Malaria in India - Number 2
Disease focus: Malaria
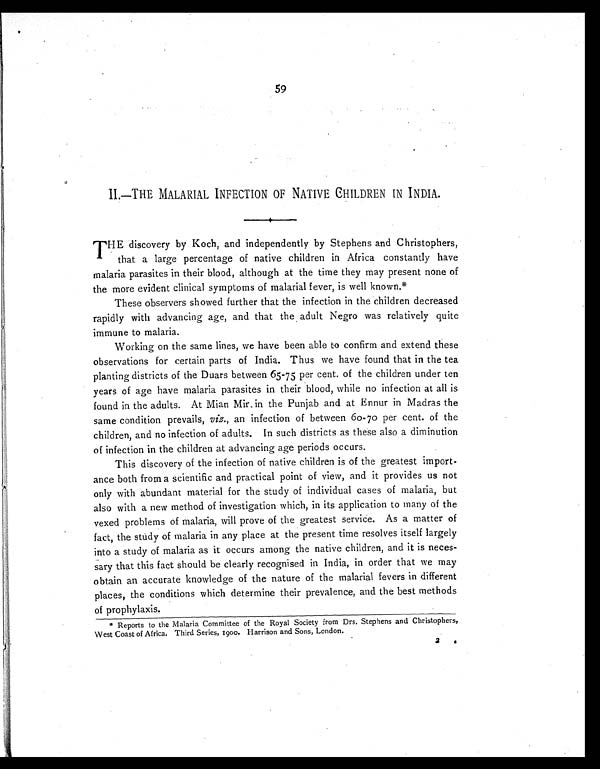
59
II—THE MALARIAL INFECTION OF NATIVE CHILDREN IN INDIA.
T HE discovery by Koch, and independently by Stephens and Christophers,
that a large percentage of native children in Africa constantly have
malaria parasites in their blood, although at the time they may present none of
the more evident clinical symptoms of malarial fever, is well known.*
These observers showed further that the infection in the children decreased
rapidly with advancing age, and that the adult Negro was relatively quite
immune to malaria.
Working on the same lines, we have been able to confirm and extend these
observations for certain parts of India. Thus we have found that in the tea
planting districts of the Duars between 65-75 per cent. of the children under ten
years of age have malaria parasites in their blood, while no infection at all is
found in the adults. At Mian Mir, in the Punjab and at Ennur in Madras the
same condition prevails, viz., an infection of between 60-70 per cent. of the
children, and no infection of adults. In such districts as these also a diminution
of infection in the children at advancing age periods occurs.
This discovery of the infection of native children is of the greatest import-
ance both from a scientific and practical point of view, and it provides us not
only with abundant material for the study of individual cases of malaria, but
also with a new method of investigation which, in its application to many of the
vexed problems of malaria, will prove of the greatest service. As a matter of
fact, the study of malaria in any place at the present time resolves itself largely
into a study of malaria as it occurs among the native children, and it is neces-
sary that this fact should be clearly recognised in India, in order that we may
obtain an accurate knowledge of the nature of the malarial fevers in different
places, the conditions which determine their prevalence, and the best methods
of prophylaxis.
* Reports to the Malaria Committee of the Royal Society from Drs. Stephens and Christophers,
West Coast of Africa. Third Series, 1900. Harrison and Sons, London.